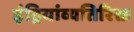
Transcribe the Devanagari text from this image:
इंद्रियांव्यतिरिक्त